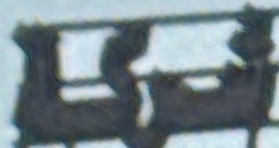
شركة